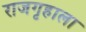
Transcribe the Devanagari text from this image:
राजगृहाला